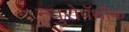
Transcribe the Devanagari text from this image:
न्युरोपॅथीक